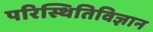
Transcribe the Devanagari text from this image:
परिस्थितिविज्ञान